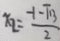
x _ { 2 } = \frac { - 1 - \sqrt { 1 3 } } { 2 }